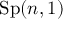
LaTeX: \mathrm { S p } ( n , 1 )